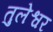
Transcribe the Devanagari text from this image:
तुलेश्वर